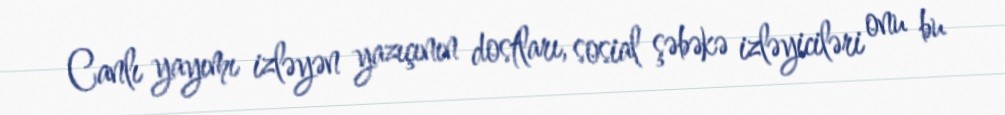
Canlı yayımı izləyən yazıçının dostları, sosial şəbəkə izləyiciləri onu bu